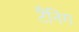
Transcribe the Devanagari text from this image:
टैंनिंग